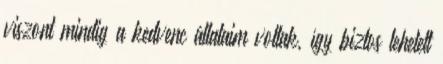
viszont mindig a kedvenc állataim voltak, így biztos lehetett